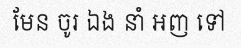
មែន ចូរ ឯង នាំ អញ ទៅ